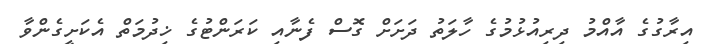
އިރާގުގެ އާއްމު ދިރިއުޅުމުގެ ހާލަތު ދަށަށް ގޮސް ފެނާއި ކަރަންޓުގެ ޚިދުމަތް އެކަށީގެންވާ